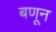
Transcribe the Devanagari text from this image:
बणून